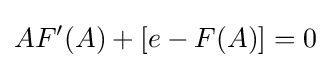
AF'(A)+[e-F(A)]=0